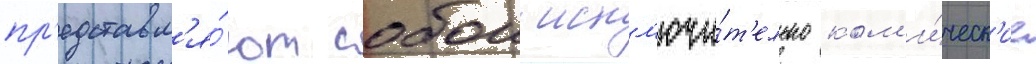
пр'едставл'я́ют собои искл'ючи́т'ельно ком'и́ческ'ие